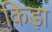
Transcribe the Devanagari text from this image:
किड़ा